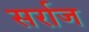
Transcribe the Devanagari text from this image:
सर्राज